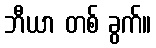
ဘီယာ တစ် ခွက်။